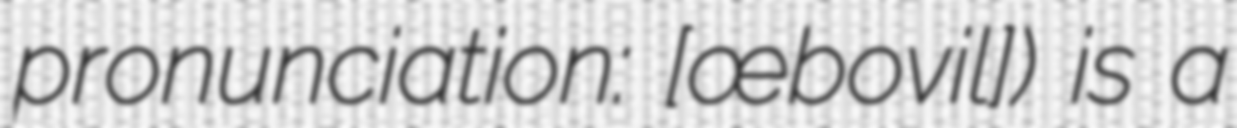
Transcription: pronunciation: ​[œ̃bovil]) is a